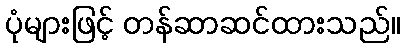
ပုံများဖြင့် တန်ဆာဆင်ထားသည်။